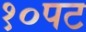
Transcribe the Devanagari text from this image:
१०पट